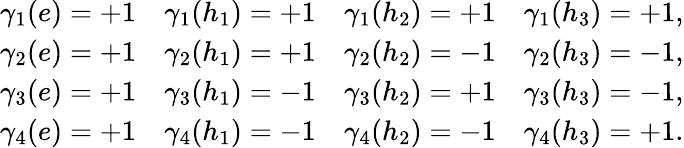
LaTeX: \begin{array}{llll}{{\gamma_{1}(e)=+1}}&{{\gamma_{1}(h_{1})=+1}}&{{\gamma_{1}(h_{2})=+1}}&{{\gamma_{1}(h_{3})=+1,}}\\ {{\gamma_{2}(e)=+1}}&{{\gamma_{2}(h_{1})=+1}}&{{\gamma_{2}(h_{2})=-1}}&{{\gamma_{2}(h_{3})=-1,}}\\ {{\gamma_{3}(e)=+1}}&{{\gamma_{3}(h_{1})=-1}}&{{\gamma_{3}(h_{2})=+1}}&{{\gamma_{3}(h_{3})=-1,}}\\ {{\gamma_{4}(e)=+1}}&{{\gamma_{4}(h_{1})=-1}}&{{\gamma_{4}(h_{2})=-1}}&{{\gamma_{4}(h_{3})=+1.}}\end{array}